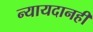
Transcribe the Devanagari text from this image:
न्यायदानही